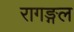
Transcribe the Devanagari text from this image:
रागङ्गल